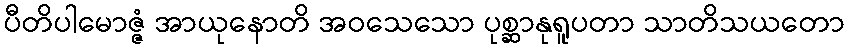
ပီတိပါမောဇ္ဇံ အာယုနောတိ အဝသေသော ပုစ္ဆာနုရူပတာ သာတိသယတော